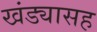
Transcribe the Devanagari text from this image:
खंड्यासह